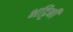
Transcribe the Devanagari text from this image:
भट्टिनी